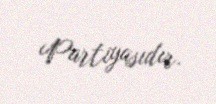
Partiyasıdır.